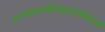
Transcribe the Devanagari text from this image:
अनेकसमवेतत्वम्जातिवर्त्त्य